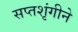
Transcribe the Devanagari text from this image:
सप्तशृंगीने